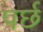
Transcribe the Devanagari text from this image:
पर्छ